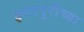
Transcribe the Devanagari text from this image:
इगतपूरीच्या